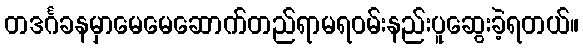
တဒင်္ဂခနမှာမေမေဆောက်တည်ရာမရဝမ်းနည်းပူဆွေးခဲ့ရတယ်။